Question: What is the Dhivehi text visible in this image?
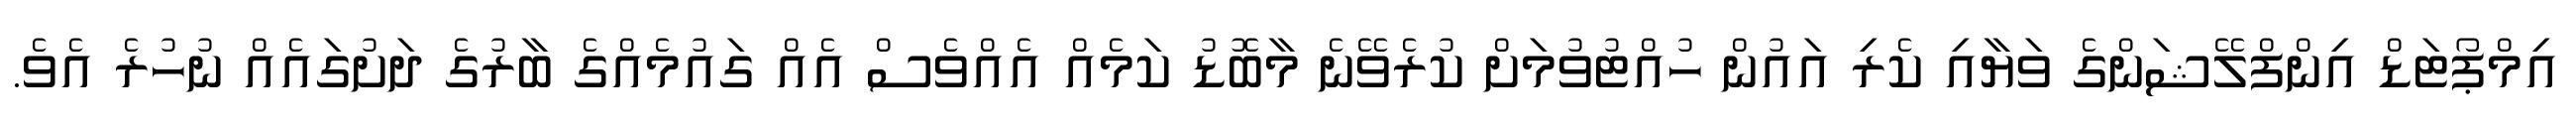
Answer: އިމްޕޯޓަޑް އިންފްލޭޝަންގެ ވަޔާއި ކެރި އައުން ހުއްޓުވުމަށް ކުރެވޭނެ މާބޮޑު ކަމެއް އެއްވެސް އެއް ގައުމެއްގެ ބާރުގެ ދަށުގައެއް ނުހުރެ އެވެ.